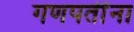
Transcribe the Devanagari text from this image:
गणपतींना